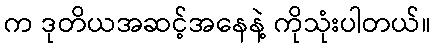
က ဒုတိယအဆင့်အနေနဲ့ ကိုသုံးပါတယ်။